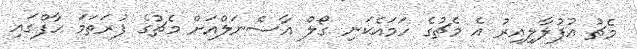
މެޗު އުފުލާލިއިރު އެ މެޗުގެ ހަމައެކަނި ގޯލް އާސެނަލްއަށް މެޗުގެ ފުރަތަމަ ހާފްގައި